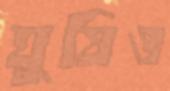
ঘুষিও